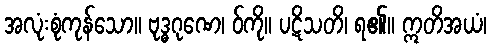
အလုံးစုံကုန်သော။ ဗုဒ္ဓဂုဏေ၊ ဝ်ကို။ ပဋိသတိ၊ ရ၏။ ဣတိအယံ၊